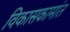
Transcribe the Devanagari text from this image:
विकासकामांत